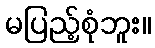
မပြည့်စုံဘူး။